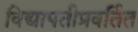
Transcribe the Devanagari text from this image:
विद्यापतीप्रवर्तित